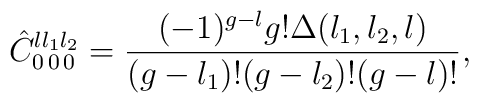
\hat{C}^{l l_1 l_2}_{0\,0\,0} = {(-1)^{g-l} g! \Delta(l_1,l_2,l)\over(g-l_1)!(g-l_2)!(g-l)!},